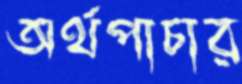
অর্থপাচার